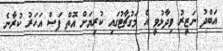
އަބްދު ނަޒީރު ވިދާޅުވީ އެ މަގުޗާޓުގައި ކުރިޔަށް އޮތް ފަސް އަހަރު ކުރާނެ